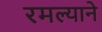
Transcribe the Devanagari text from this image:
रमल्याने